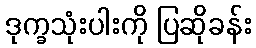
ဒုက္ခသုံးပါးကို ပြဆိုခန်း